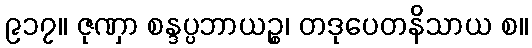
၉၁၇။ ဇုဏှာ စန္ဒပ္ပဘာယဉ္စ၊ တဒုပေတနိသာယ စ။